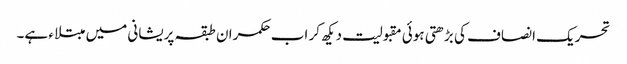
تحریک انصاف کی بڑھتی ہوئی مقبولیت دیکھ کر اب حکمران طبقہ پریشانی میں مبتلاء ہے۔